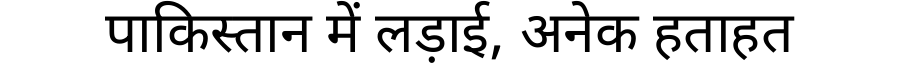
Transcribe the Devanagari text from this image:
पाकिस्तान में लड़ाई, अनेक हताहत